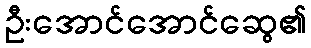
ဦးအောင်အောင်ဆွေ၏